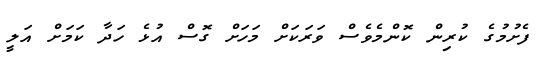
ފެށުމުގެ ކުރިން ކޮންމެވެސް ވަރަކަށް މަހަށް ގޮސް އުޅެ ހަދާ ކަމަށް އަލީ